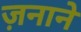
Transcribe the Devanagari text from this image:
ज़नाने